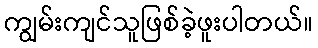
ကျွမ်းကျင်သူဖြစ်ခဲ့ဖူးပါတယ်။